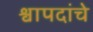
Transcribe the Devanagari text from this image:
श्वापदांचे